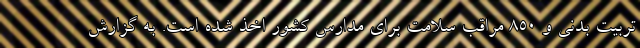
تربیت بدنی و ۸۵۰ مراقب سلامت برای مدارس کشور اخذ شده است. به گزارش